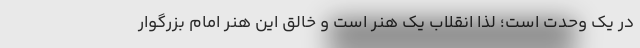
در یک وحدت است؛ لذا انقلاب یک هنر است و خالق این هنر امام بزرگوار